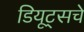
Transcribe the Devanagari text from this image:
डियूट्सचे